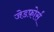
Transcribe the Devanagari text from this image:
जेडफ़ोर्स